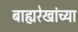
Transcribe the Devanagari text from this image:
बाह्यरेखांच्या